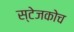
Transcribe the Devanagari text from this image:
स्‍टेजकोच